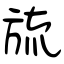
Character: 旈